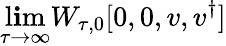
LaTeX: \operatorname*{l\mathbf{i}m}_{\tau\rightarrow\infty}W_{\tau,0}[0,0,{v},{v}^{\dagger}]